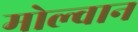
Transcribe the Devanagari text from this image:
मोल्वान